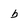
Character: b